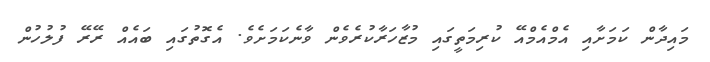
މައިދާން ކަމަށާއި އެމްއެމްއޭ ކުރިމަތީގައި މުޒާހަރާކުރެވެން ވާނެކަމަށެވެ. އެގޮތުގައި ބައެއް ރޭރޭ ފުލުހުން